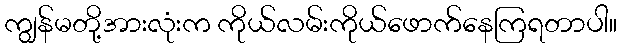
ကျွန်မတို့အားလုံးက ကိုယ်လမ်းကိုယ်ဖောက်နေကြရတာပါ။